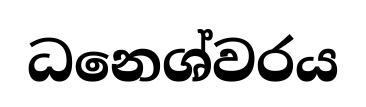
ධනෙශ්වරය